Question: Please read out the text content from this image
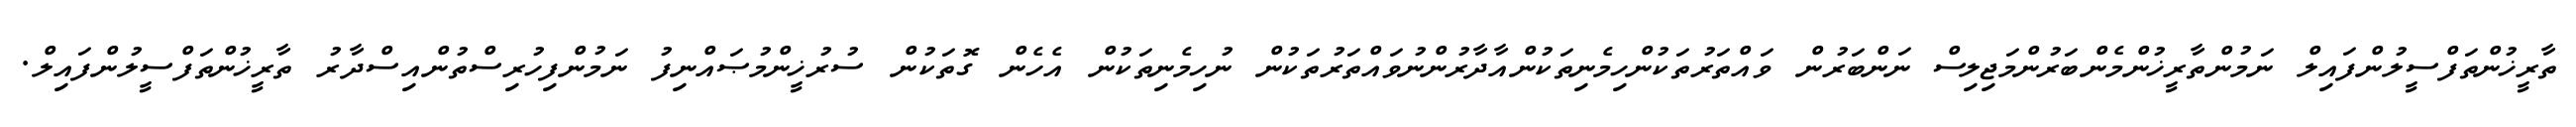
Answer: ތާރީޚުންތަފްސީލުންފައިލް ނަމުންތާރީޚުންމެންބަރުންމަޖިލިސް ނަންބަރުން ވައްތަރުތަކުންހިމެނިތަކުންއާދާރުންނުވައްތަރުތަކުން ނުހިމެނިތަކުން އެހެން ގޮތަކުން ސުރުޚީންމުޞައްނިފު ނަމުންފިހުރިސްތުންއިސްދާރު ތާރީޚުންތަފްސީލުންފައިލް.